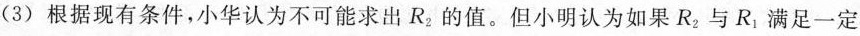
(3)根据现有条件，小华认为不可能求出R_{2}的值。但小明认为如果R_{2}与R_{1}满足一定